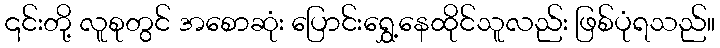
၎င်းတို့ လူစုတွင် အစောဆုံး ပြောင်းရွှေ့နေထိုင်သူလည်း ဖြစ်ပုံရသည်။